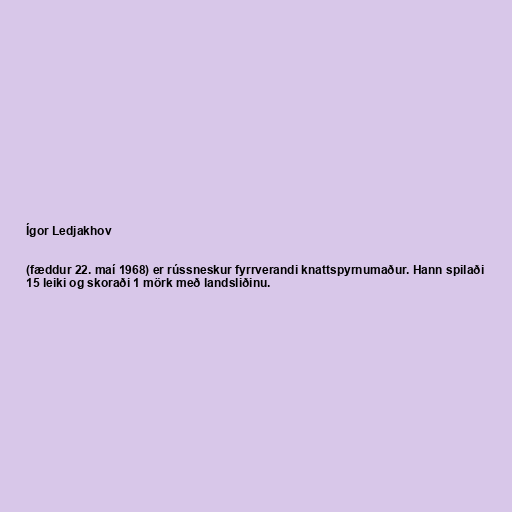
Ígor Ledjakhov

(fæddur 22. maí 1968) er rússneskur fyrrverandi knattspyrnumaður. Hann spilaði
15 leiki og skoraði 1 mörk með landsliðinu.